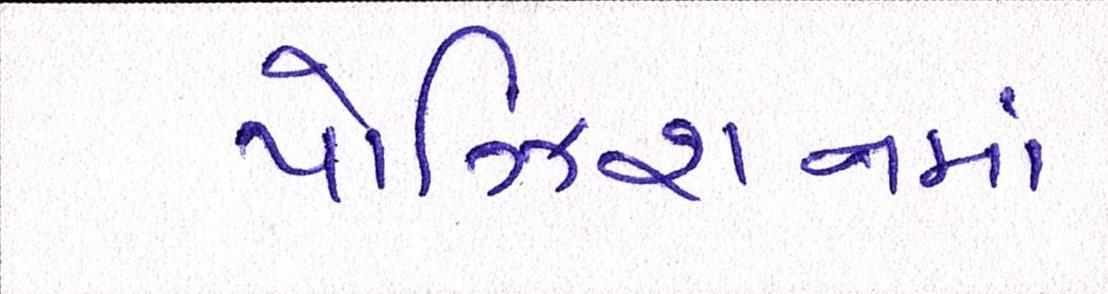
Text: પોઝિશનમાં